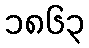
၁၈၆၃